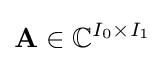
{\bf {A}}\in {\mathbb {C} }^{I_{0}\times I_{1}}